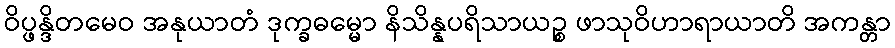
ဝိပ္ဖန္ဒိတမေဝ အနုယာတံ ဒုက္ခဓမ္မော နိသိန္နပရိသာယဉ္စ ဖာသုဝိဟာရာယာတိ အကန္တာ